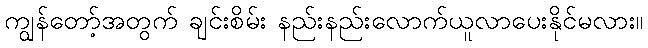
ကျွန်တော့်အတွက် ချင်းစိမ်း နည်းနည်းလောက်ယူလာပေးနိုင်မလား။